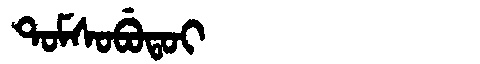
Manchu: ᡨᠣᠮᠰᠣᠪᡠᡨᠣᡳ
Romanization: TOMSOBUTOI